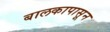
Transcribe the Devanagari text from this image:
बालकापासून